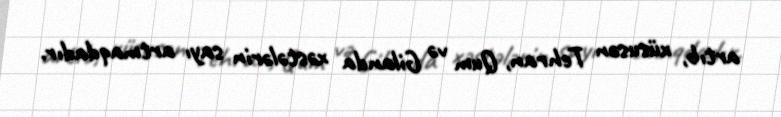
artıb, xüsusən Tehran, Qum və Gilanda xəstələrin sayı artmaqdadır.